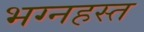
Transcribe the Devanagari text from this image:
भग्नहस्त